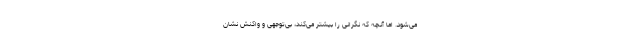
می‌شود. اما آنچه که نگرانی را بیشتر می‌کند، بی‌توجهی و واکنش نشان